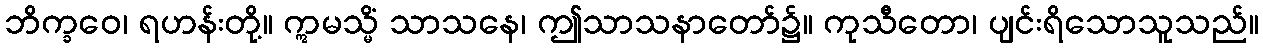
ဘိက္ခဝေ၊ ရဟန်းတို့။ ဣမသ္မိံ သာသနေ၊ ဤသာသနာတော်၌။ ကုသီတော၊ ပျင်းရိသောသူသည်။